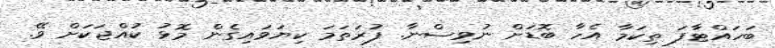
ބަހައްޓާފަ ތިކަމާ އެހާ ބޮޑަށް ނުވިސްނާ. ފުރަތަމަ ކިޔަވައިގެން މޮޅު ކުއްޖަކަށް ވޭ.